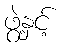
ဖွဲ့နှင့်